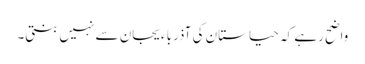
واضح رہے کہ حیاستان کی آذرباءیجان سے نہیں بنتی۔